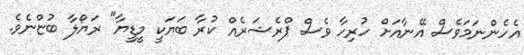
އެހެންނަމަވެސް އޭނާއަށް ހުރިހާ ވެސް ޕްރެޝަރެއް ކުރާ ބަޔަކީ މީޑީޔާ" ރަޔޯލާ ބުޏްނެވެ.